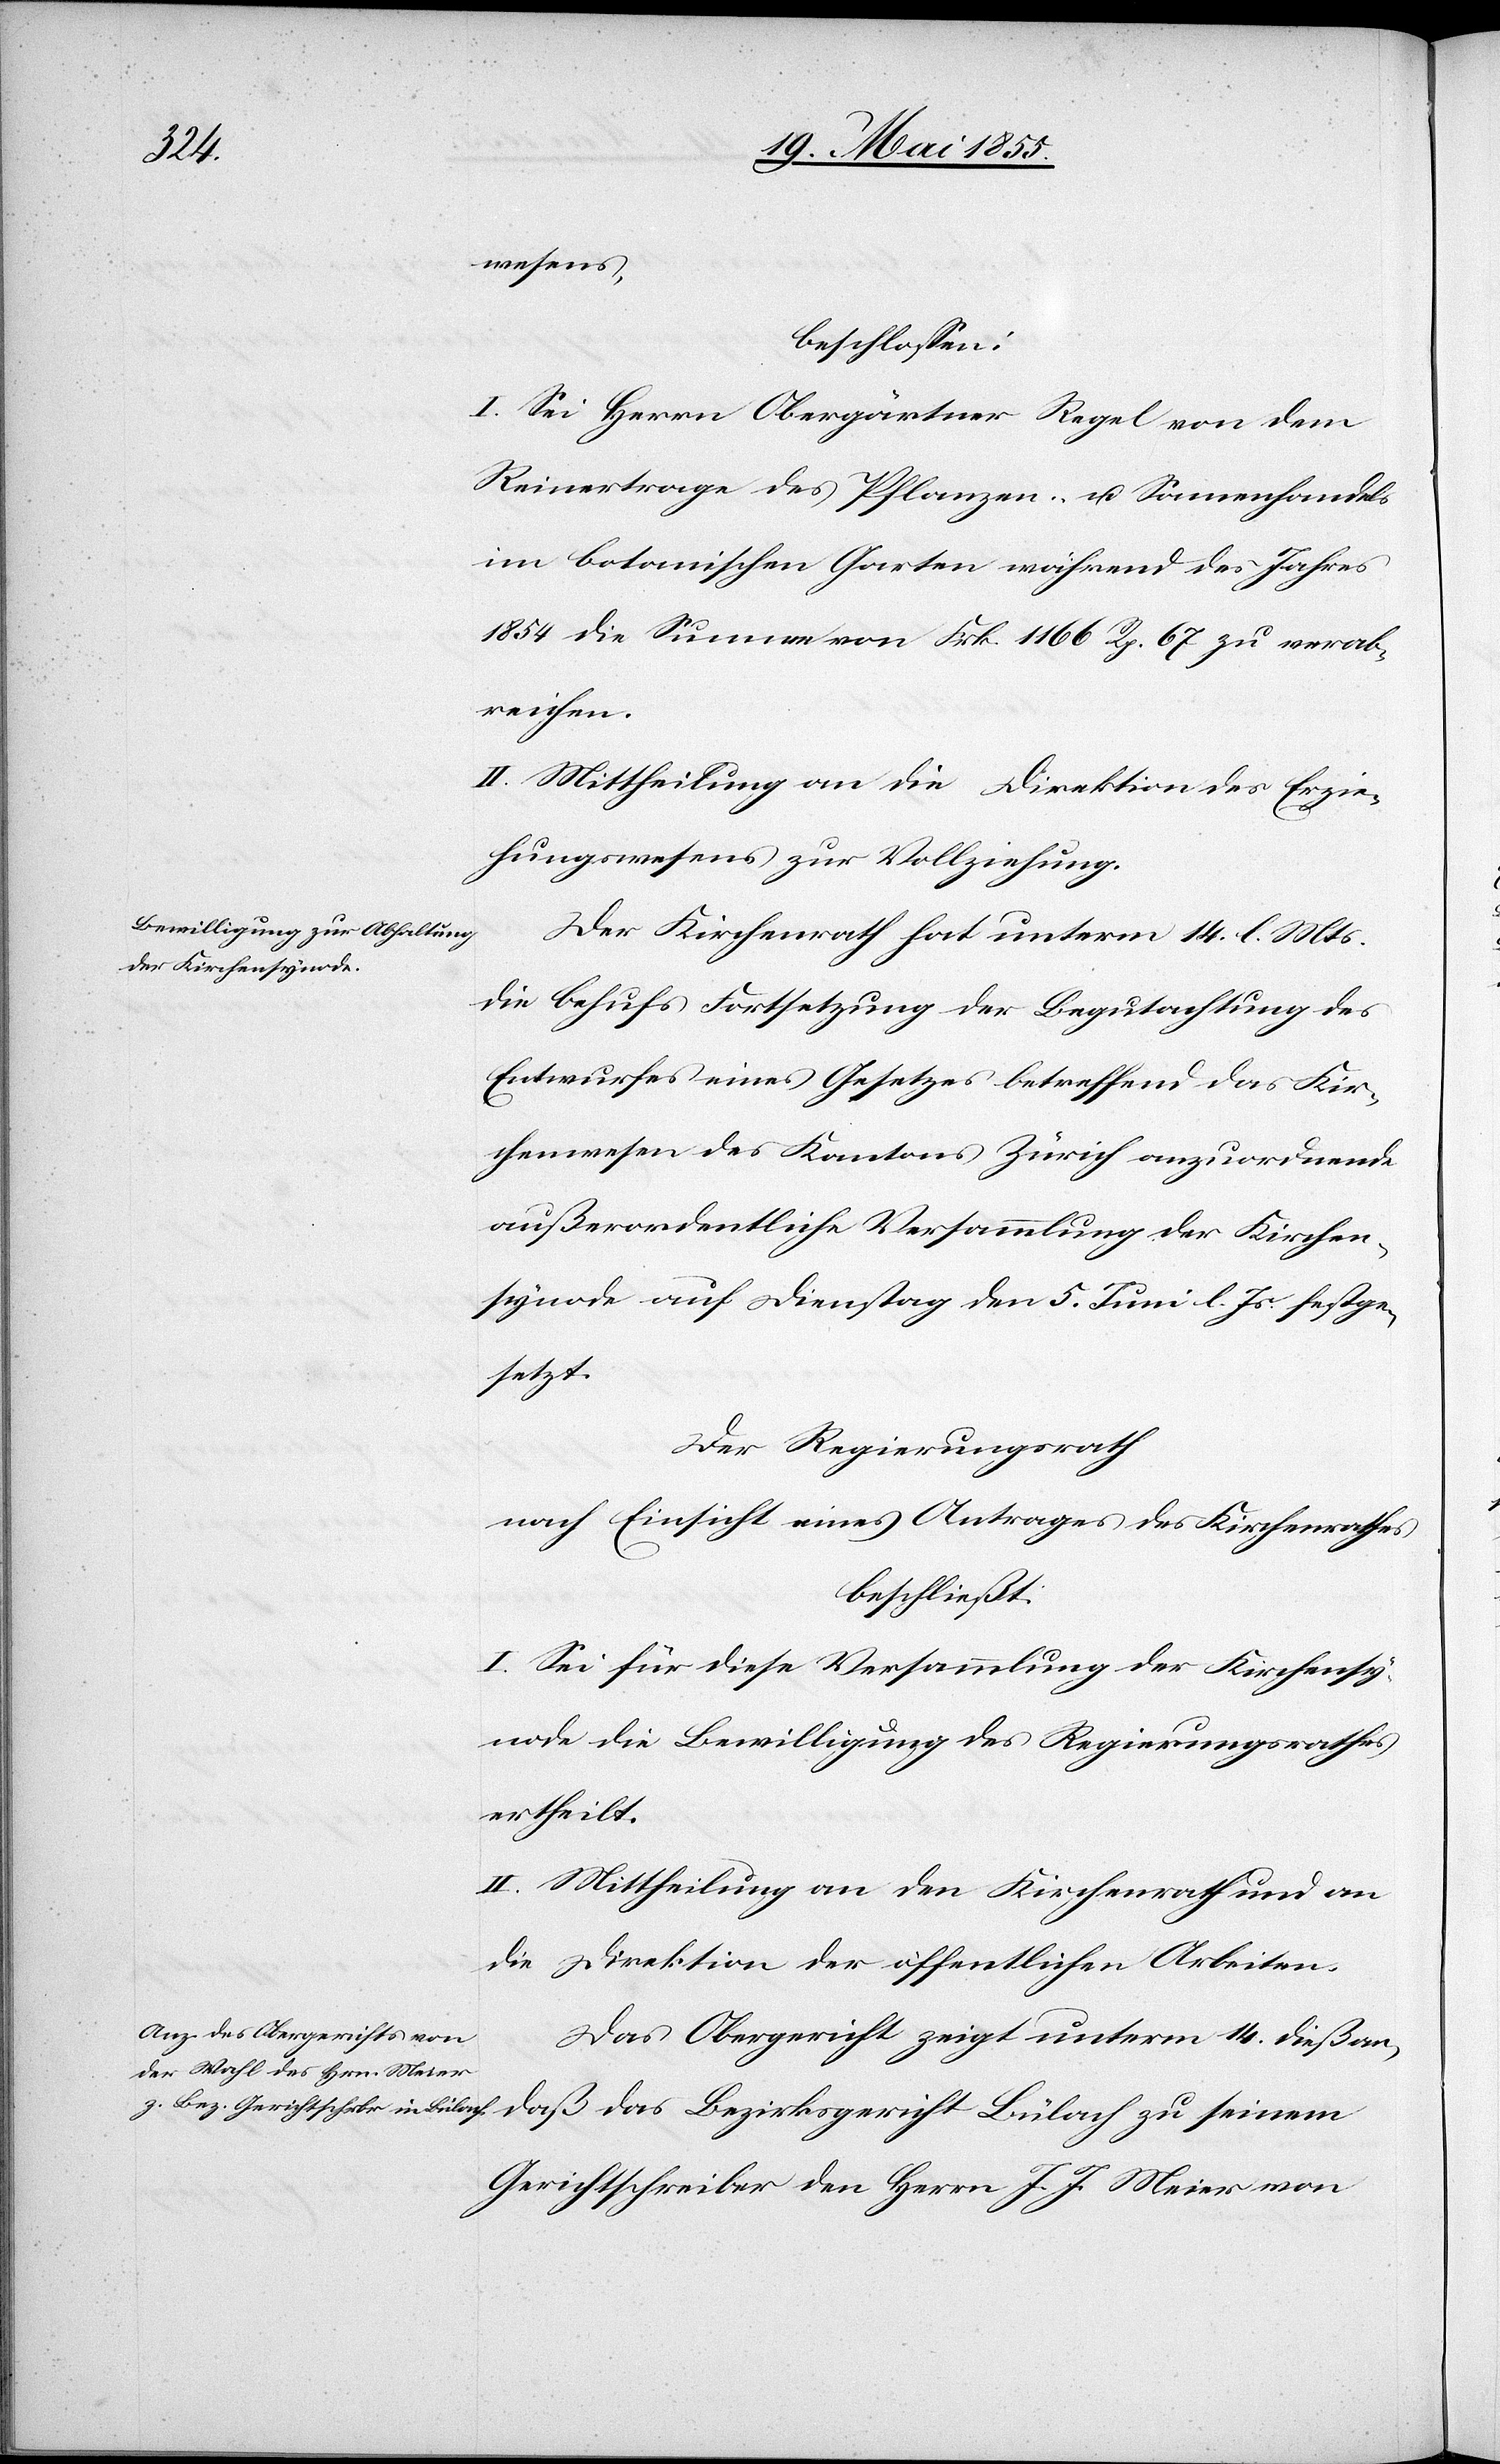
wesens,
beschlossen:
I. Sei Herrn Obergärtner Regel von dem
Reinertrage des Pflanzen- u. Samenhandels
im botanischen Garten während des Jahres
1854 die Summe von Frk. 1166 Rp. 67 zu verab¬
reichen.
II. Mittheilung an die Direktion des Erzie¬
hungswesens zur Vollziehung.
Der Kirchenrath hat unterm 14. l. Mts.
die behufs Fortsetzung der Begutachtung des
Entwurfes eines Gesetzes betreffend das Kir¬
chenwesen des Kantons Zürich anzuordnende
außerordentliche Versammlung der Kirchen¬
synode auf Dienstag den 5. Juni l. Js. festge¬
setzt.
Der Regierungsrath
nach Einsicht eines Antrages des Kirchenrathes
beschließt:
I. Sei für diese Versammlung der Kirchensy¬
node die Bewilligung des Regierungsrathes
ertheilt.
II. Mittheilung an den Kirchenrath und an
die Direktion der öffentlichen Arbeiten.
Das Obergericht zeigt unterm 14. dieß an,
daß das Bezirksgericht Bülach zu seinem
Gerichtschreiber den Herrn J. J. Meier von